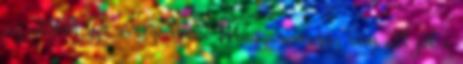
az utóbbi két évtizedben. Magyarország sem áll jól a